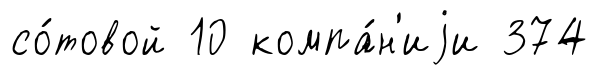
со́товой 10 компа́н'иjи 374